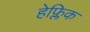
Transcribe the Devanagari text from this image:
हेफ्लिक